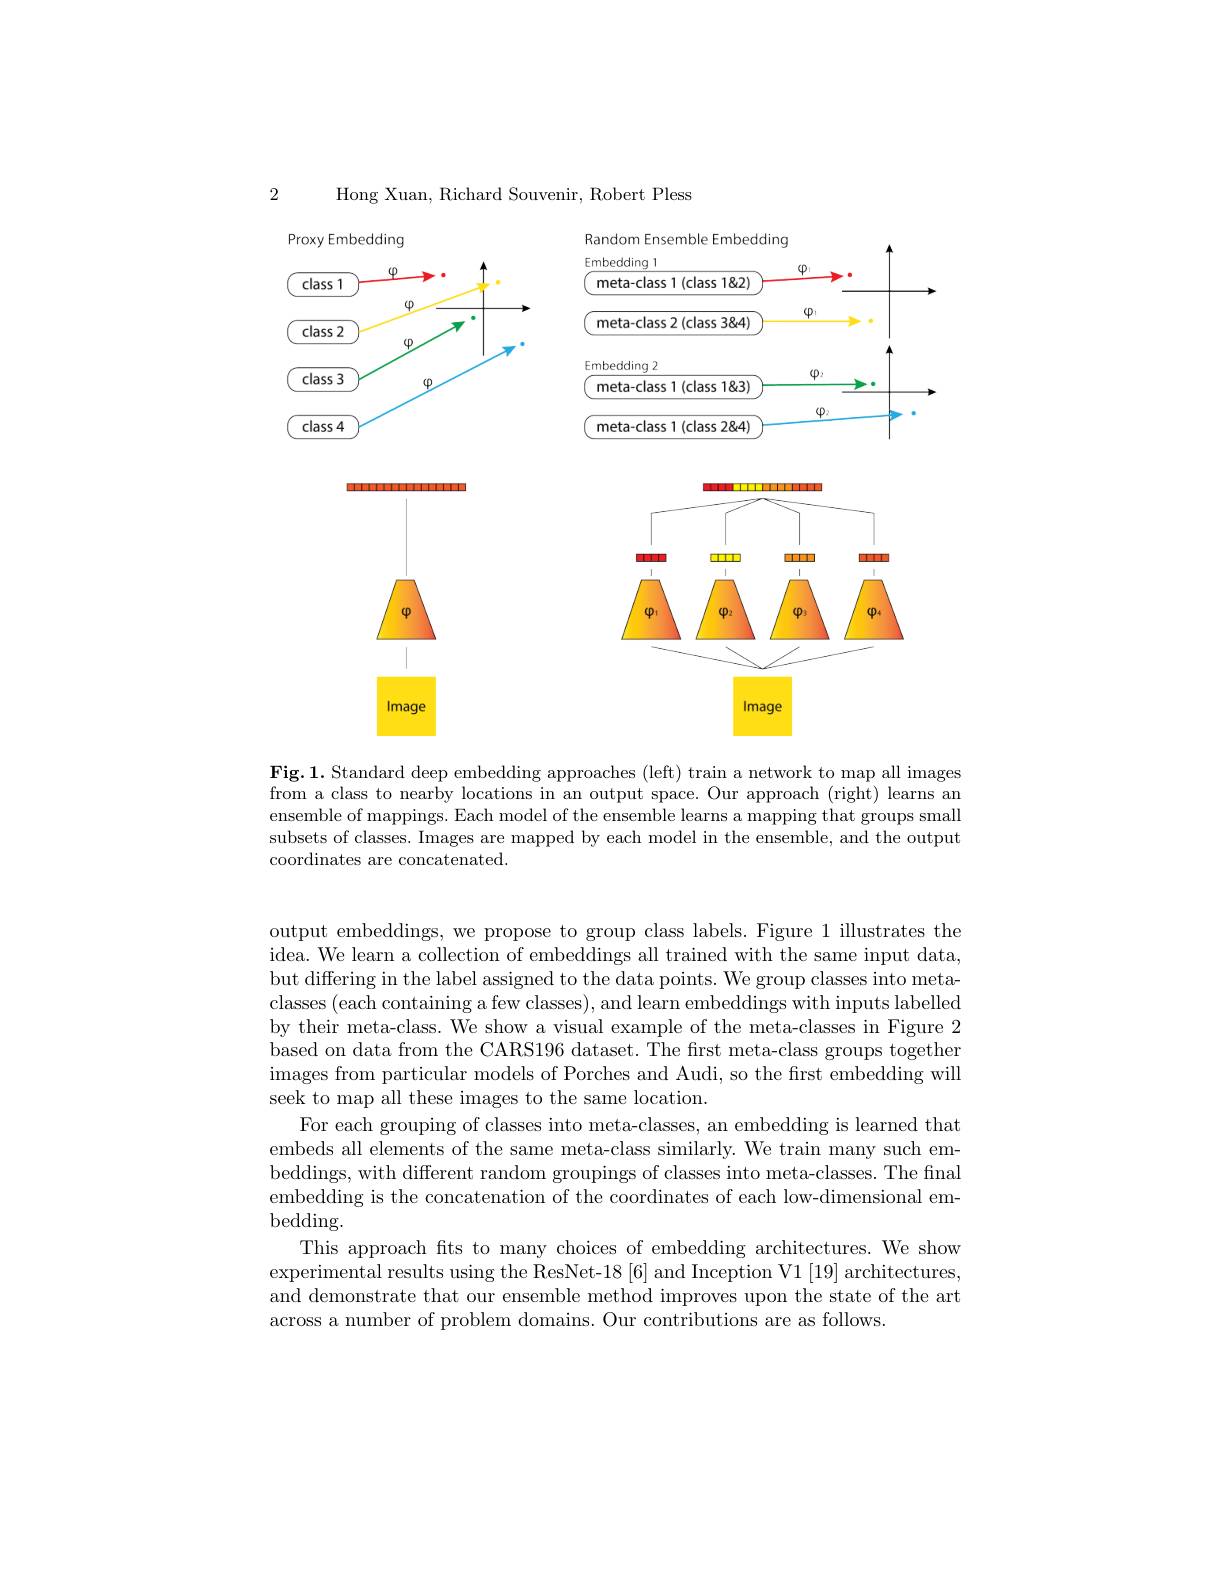
2

Hong Xuan, Richard Souvenir, Robert Pless

<FigureHere>

$\mathbf{Fig.1.Standard~deep~embedding~approaches~(left)~train~a~network~to~map~all~images}$

from a class to nearby locations in an output space. Our approach (right) learns an ensemble of mappings. Each model of the ensemble learns a mapping that groups small subsets of classes. Images are mapped by each model in the ensemble, and the output coordinates are concatenated.

output embeddings, we propose to group class labels. Figure 1 illustrates the idea. We learn a collection of embeddings all trained with the same input data, but differing in the label assigned to the data points. We group classes into metaclasses (each containing a few classes),and learn embeddings with inputs labelled by their meta-class. We show a visual example of the meta-classes in Figure 2 based on data from the CARS196 dataset. The first meta-class groups together images from particular models of Porches and Audi, so the first embedding will seek to map all these images to the same location.
For each grouping of classes into meta-classes, an embedding is learned that embeds all elements of the same meta-class similarly. We train many such embeddings, with different random groupings of classes into meta-classes. The final embedding is the concatenation of the coordinates of each low-dimensional em- $bedding.$
This approach fts to many choices of embedding architectures. We show experimental results using the ResNet-18 [6] and Inception V1 [19] architectures, and demonstrate that our ensemble method improves upon the state of the art across a number of problem domains. Our contributions are as follows.